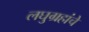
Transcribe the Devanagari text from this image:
लघुग्रहांचे